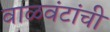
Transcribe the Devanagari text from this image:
वाळवंटांची